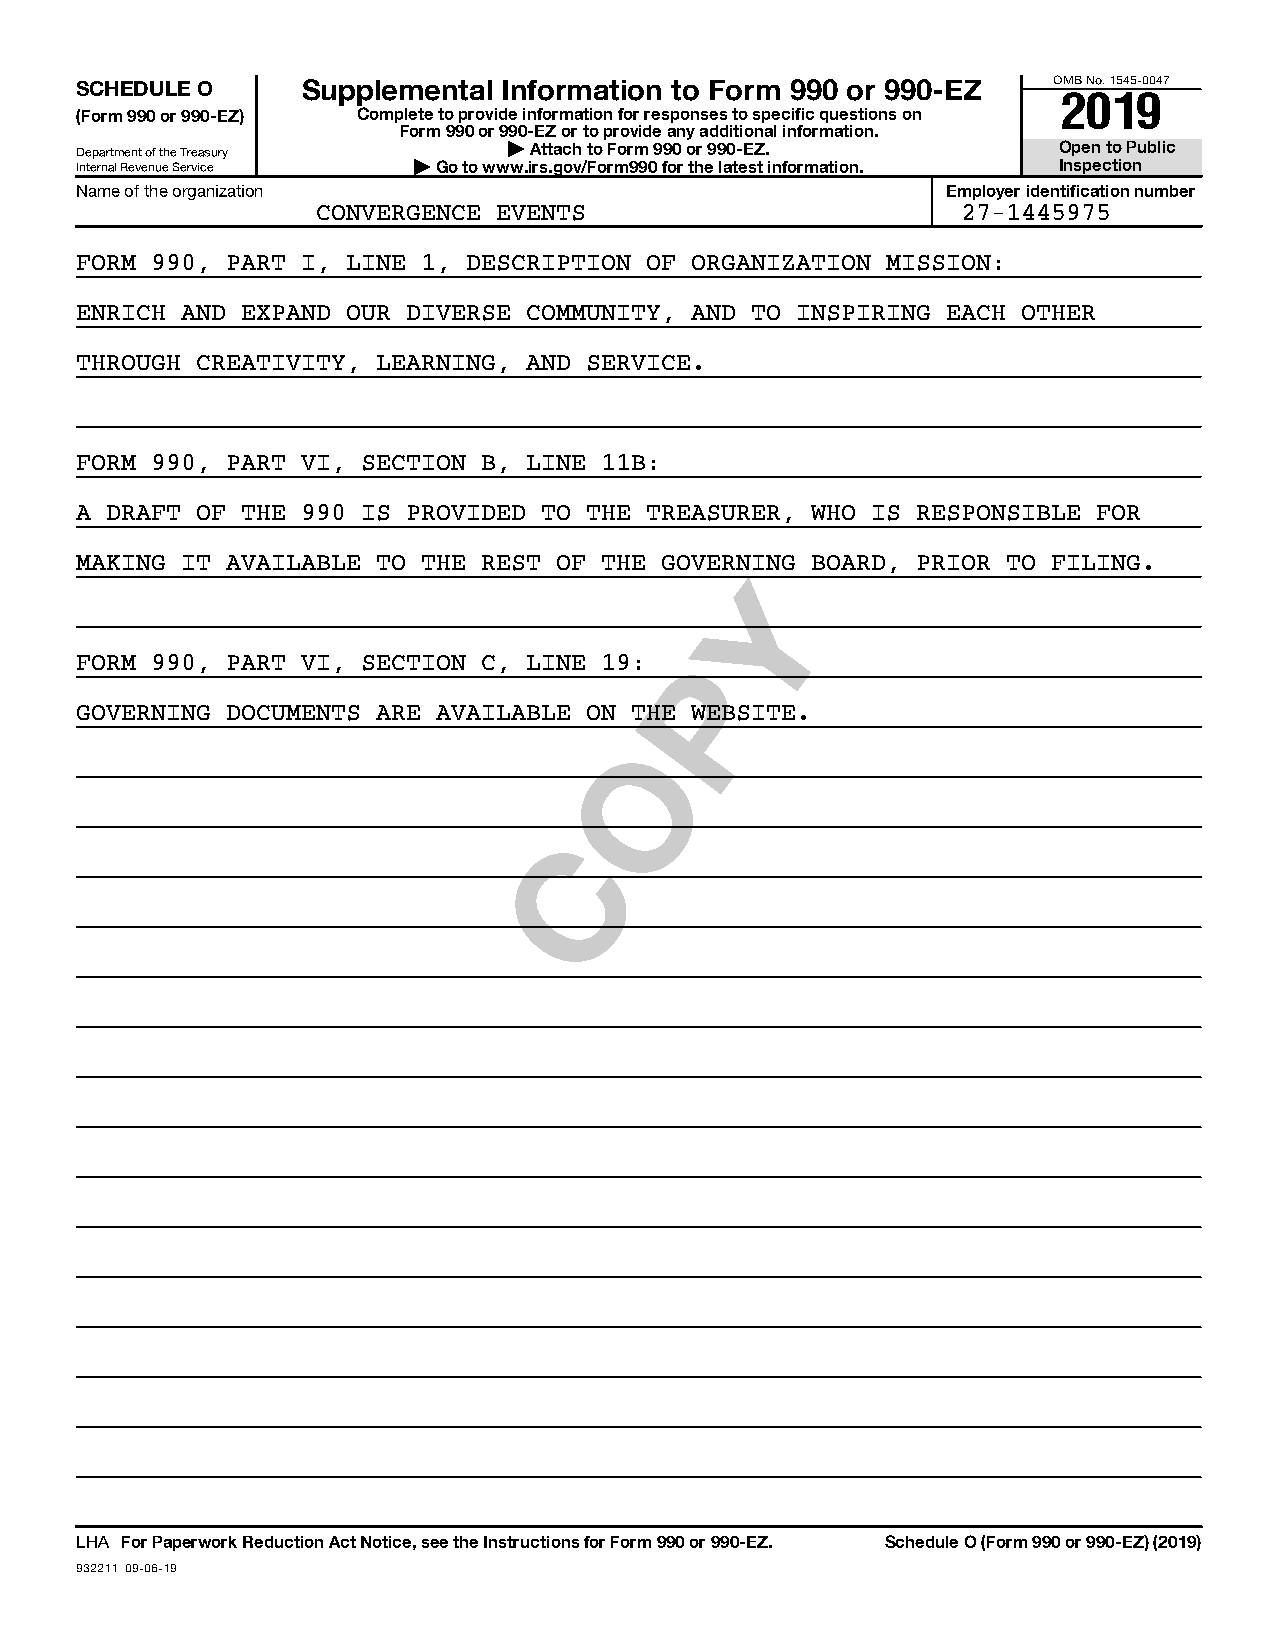
SCHEDULE O     Supplemental Information to Form 990 or 990-EZ    OMB No. 1545-0047
 2019
 (Form 990 or 990-EZ) Complete to provide information for responses to specific questions on
 Form 990 or 990-EZ or to provide any additional information.
 Department of the Treasury   | Attach to Form 990 or 990-EZ.     Open to Public
 Internal Revenue Service | Go to www.irs.gov/Form990 for the latest information. Inspection
 Name of the organization                                  Employer identification number
 CONVERGENCE EVENTS                         27-1445975
 FORM 990, PART I, LINE 1, DESCRIPTION OF ORGANIZATION MISSION:
 ENRICH AND EXPAND OUR DIVERSE COMMUNITY, AND TO INSPIRING EACH OTHER
 THROUGH CREATIVITY, LEARNING, AND SERVICE.
 FORM 990, PART VI, SECTION B, LINE 11B:
 A DRAFT OF THE 990 IS PROVIDED TO THE TREASURER, WHO IS RESPONSIBLE FOR
 MAKING IT AVAILABLE TO THE REST OF THE GOVERNING BOARD, PRIOR TO FILING.
 Y
 FORM 990, PART VI, SECTION C, LINE 19:  P
 GOVERNING DOCUMENTS ARE AVAILABLE ON THE WEBSITE.
 O
 C
 LHA For Paperwork Reduction Act Notice, see the Instructions for Form 990 or 990-EZ. Schedule O (Form 990 or 990-EZ) (2019)
 932211 09-06-19